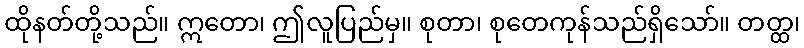
ထိုနတ်တို့သည်။ ဣတော၊ ဤလူပြည်မှ။ စုတာ၊ စုတေကုန်သည်ရှိသော်။ တတ္ထ၊